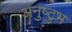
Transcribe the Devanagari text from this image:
अनुष्‍टुभ